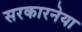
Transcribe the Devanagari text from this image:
सरकारनेया